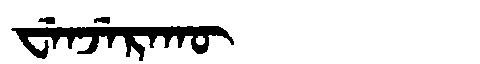
Manchu: ᠸᡝᠨᠵᡝᡵᠠᡴᡡ
Romanization: WENJERAKŪ